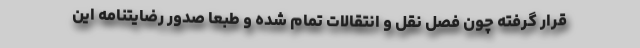
قرار گرفته چون فصل نقل و انتقالات تمام شده و طبعا صدور رضایتنامه این